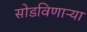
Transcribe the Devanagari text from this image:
सोडविणाऱ्या